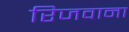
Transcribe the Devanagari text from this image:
रिजवाना